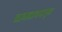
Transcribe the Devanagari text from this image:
नागनाथपासून